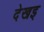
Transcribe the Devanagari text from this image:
देखइ